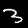
Digit: 3